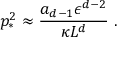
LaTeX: p _ { * } ^ { 2 } \approx { \frac { a _ { d - 1 } \epsilon ^ { d - 2 } } { \kappa L ^ { d } } } ~ .